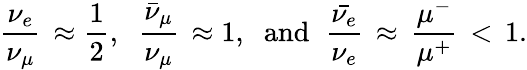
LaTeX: {\frac{\nu_{e}}{\nu_{\mu}}}\, \approx{\frac{1}{2}},\; \; {\frac{\bar{\nu}_{\mu}}{\nu_{\mu}}}\, \approx 1,\; \; \mathrm{and}\; \; {\frac{\bar{\nu_{e}}}{\nu_{e}}}\, \approx\, {\frac{\mu^{-}}{\mu^{+}}}\, <\, 1.